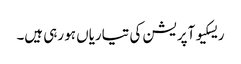
ریسکیو آپریشن کی تیاریاں ہو رہی ہیں۔